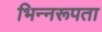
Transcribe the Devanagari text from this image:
भिन्नरूपता